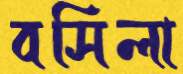
বসিলা